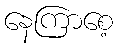
နေကြာစေ့